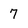
Character: 7